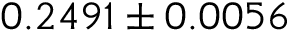
0 . 2 4 9 1 \pm 0 . 0 0 5 6